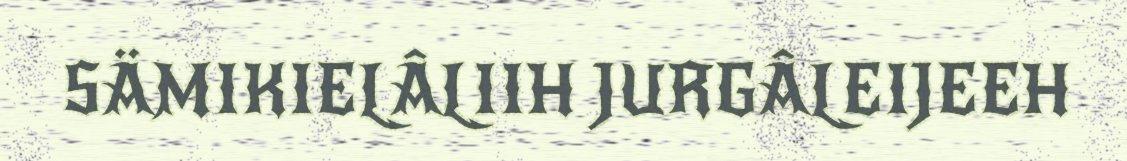
SÄMIKIELÂLIIH JURGÂLEIJEEH